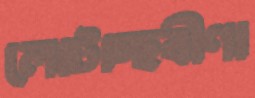
লোটাচ্ছবীণা